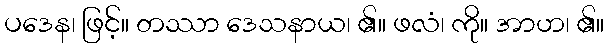
ပဒေန၊ ဖြင့်။ တဿာ ဒေသနာယ၊ ၏။ ဖလံ၊ ကို။ အာဟ၊ ၏။